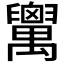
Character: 𦦷